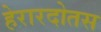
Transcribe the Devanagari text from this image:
हेरारदोतस